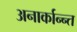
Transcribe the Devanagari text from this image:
अनार्कान्न्त